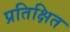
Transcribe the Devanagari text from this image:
प्रतिक्षित